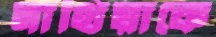
সাথিয়াকে